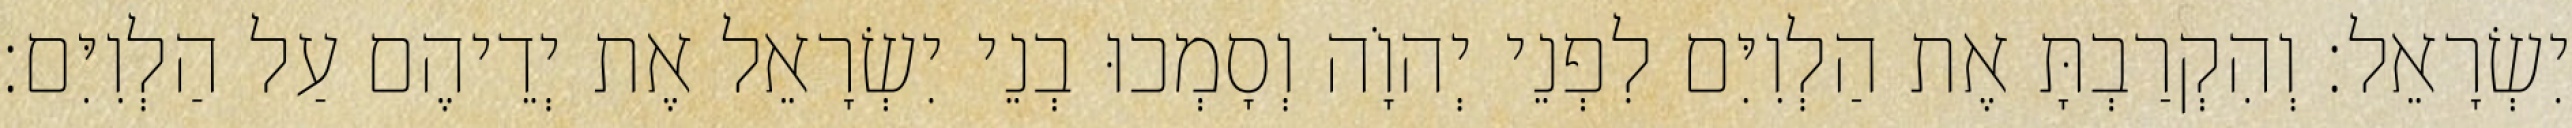
יִשְׂרָאֵל׃ וְהִקְרַבְתָּ אֶת הַלְוִיִּם לִפְנֵי יְהוָֹה וְסָמְכוּ בְנֵי יִשְׂרָאֵל אֶת יְדֵיהֶם עַל הַלְוִיִּם׃